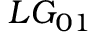
L G _ { 0 1 }